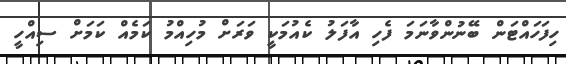
ހިފަހައްޓަން ބޭނުންވާނަމަ ފެހި އާފަލު ކެއުމަކީ ވަރަށް މުހިއްމު ކަމެއް ކަމަށް ސިއްހީ